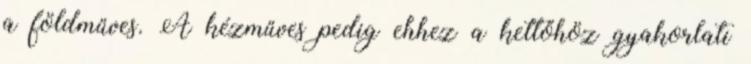
a földműves. A kézműves pedig ehhez a kettőhöz gyakorlati